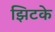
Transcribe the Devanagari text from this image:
झिटके